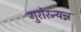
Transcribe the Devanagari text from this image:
गुरोरन्यन्न